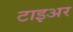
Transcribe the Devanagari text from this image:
टाइअर